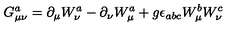
G _ { \mu \nu } ^ { a } = \partial _ { \mu } W _ { \nu } ^ { a } - \partial _ { \nu } W _ { \mu } ^ { a } + g \epsilon _ { a b c } W _ { \mu } ^ { b } W _ { \nu } ^ { c }